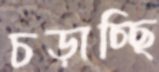
চড়াচ্ছি